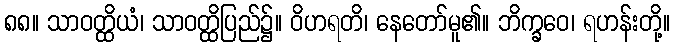
၈၈။ သာဝတ္ထိယံ၊ သာဝတ္ထိပြည်၌။ ဝိဟရတိ၊ နေတော်မူ၏။ ဘိက္ခဝေ၊ ရဟန်းတို့။